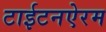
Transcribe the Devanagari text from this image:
टाईटनऐरम